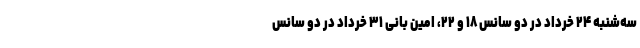
سه‌شنبه ۲۴ خرداد در دو سانس ۱۸ و ۲۲، امین بانی ۳۱ خرداد در دو سانس